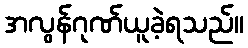
အလွန်ဂုဏ်ယူခဲ့ရသည်။